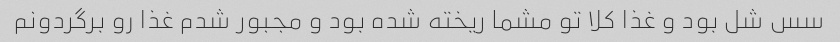
سس شل بود و غذا کلا تو مشما ریخته شده بود و مجبور شدم غذا رو برگردونم